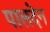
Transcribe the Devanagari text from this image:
पालदेन